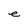
Character: e